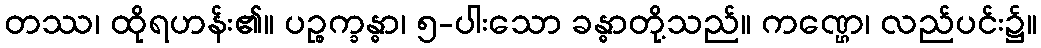
တဿ၊ ထိုရဟန်း၏။ ပဉ္စက္ခန္ဓာ၊ ၅-ပါးသော ခန္ဓာတို့သည်။ ကဏ္ဌေ၊ လည်ပင်း၌။